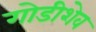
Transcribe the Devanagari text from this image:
गोडीशेव